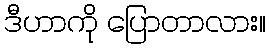
ဒီဟာကို ပြောတာလား။